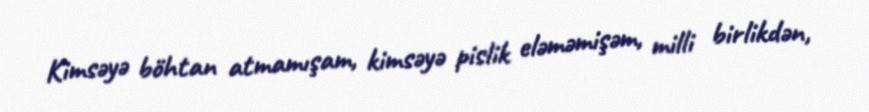
Kimsəyə böhtan atmamışam, kimsəyə pislik eləməmişəm, milli birlikdən,